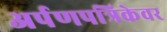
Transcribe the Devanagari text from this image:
अर्पणपत्रिकेवर